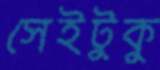
সেইটুকু